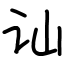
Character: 讪